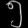
Digit: ၅